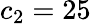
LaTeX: c_{2}=25